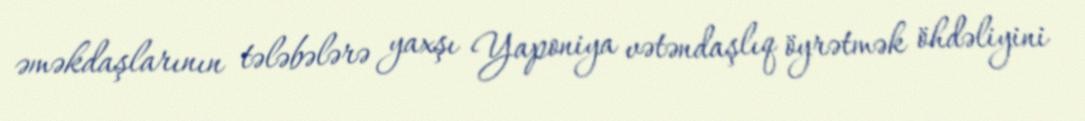
əməkdaşlarının tələbələrə yaxşı Yaponiya vətəndaşlıq öyrətmək öhdəliyini